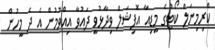
ކްރިމިނަލް ކޯޓުގެ މީޑިއާ އޮފިޝަލް ވިދާޅުވީ ދައުވާ އިއްވުމުން އެ ދެ މީހުން